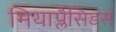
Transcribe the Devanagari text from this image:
मियाप्लैसिडस